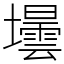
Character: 壜